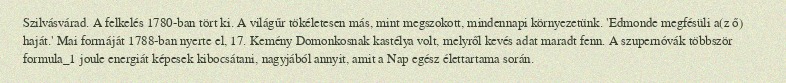
Szilvásvárad. A felkelés 1780-ban tört ki. A világűr tökéletesen más, mint megszokott, mindennapi környezetünk. 'Edmonde megfésüli a(z ő) haját.' Mai formáját 1788-ban nyerte el, 17. Kemény Domonkosnak kastélya volt, melyről kevés adat maradt fenn. A szupernóvák többször formula_1 joule energiát képesek kibocsátani, nagyjából annyit, amit a Nap egész élettartama során.